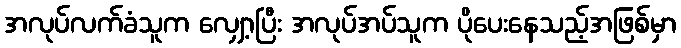
အလုပ်လက်ခံသူက လျှော့ပြီး အလုပ်အပ်သူက ပိုပေးနေသည့်အဖြစ်မှာ